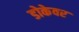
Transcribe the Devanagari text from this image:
डोकेवर